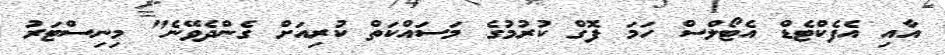
އާއި އެފެކްޓެޑް އެޓޯލްސް ހަމަ ފޮގް ކުރުމުގެ މަސައްކަތް ކުރިއަށް ގެންދެވޭނެ" މިނިސްޓަރު